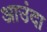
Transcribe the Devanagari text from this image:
आउंदा